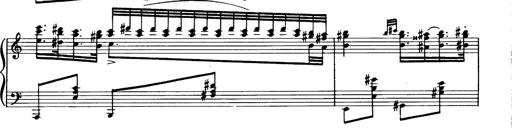
Title: Magyar dalok
Composer: Franz Liszt